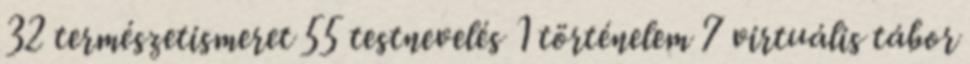
32 természetismeret 55 testnevelés 1 történelem 7 virtuális tábor